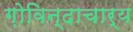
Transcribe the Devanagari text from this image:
ग़ोविन्दाचार्य